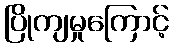
ပြိုကျမှုကြောင့်